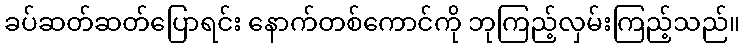
ခပ်ဆတ်ဆတ်ပြောရင်း နောက်တစ်ကောင်ကို ဘုကြည့်လှမ်းကြည့်သည်။